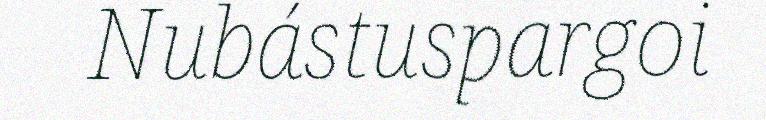
Nubástuspargoi